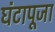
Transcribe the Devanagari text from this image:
घंटापूजा